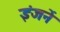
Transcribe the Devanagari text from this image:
इंजनें